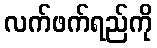
လက်ဖက်ရည်ကို